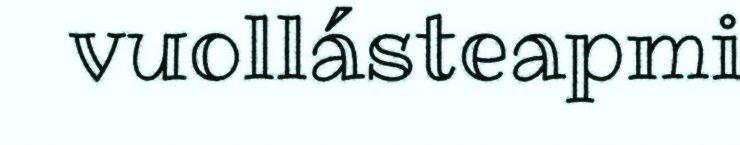
vuollásteapmi